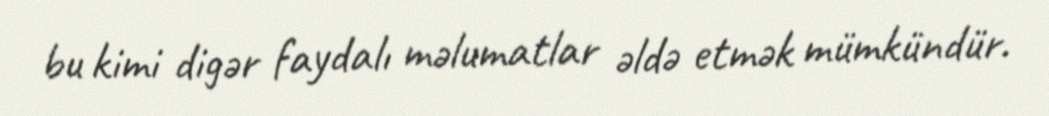
bu kimi digər faydalı məlumatlar əldə etmək mümkündür.